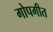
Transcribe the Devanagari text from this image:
गोपगीत